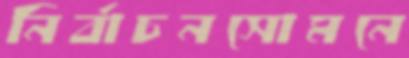
নির্বাচনসোমনে